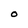
Character: O